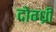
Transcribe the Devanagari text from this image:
दोग्ध्री